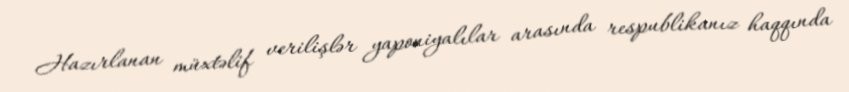
Hazırlanan müxtəlif verilişlər yaponiyalılar arasında respublikanız haqqında